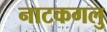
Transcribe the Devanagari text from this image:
नाटकगलु